Scottish Certificate of Education, 1962
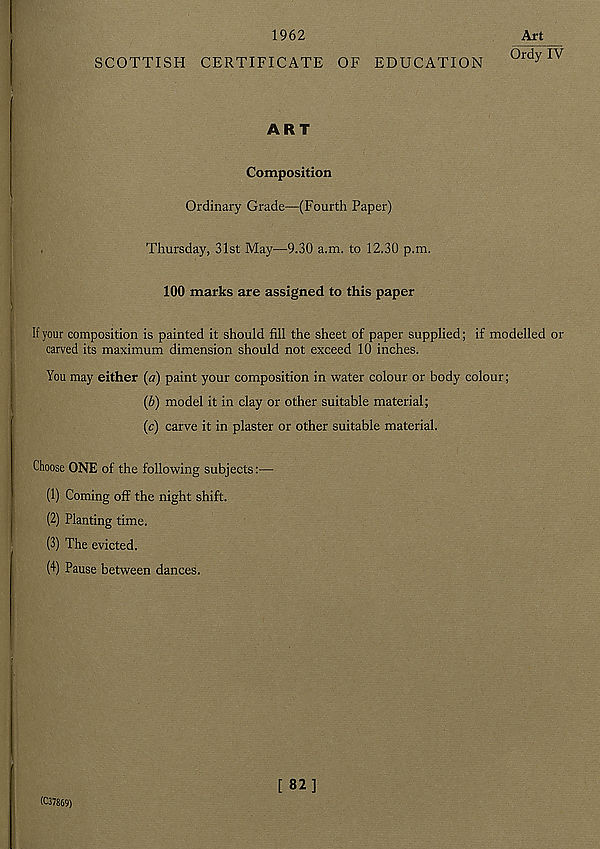
1962
SCOTTISH CERTIFICATE OF EDUCATION
Art
Ordy IV
ART
Composition
Ordinary Grade—(Fourth Paper)
Thursday, 31st May—9.30 a.m. to 12.30 p.m.
100 marks are assigned to this paper
If your composition is painted it should fill the sheet of paper supplied; if modelled or
carved its maximum dimension should not exceed 10 inches.
You may either (a) paint your composition in water colour or body colour;
(b) model it in clay or other suitable material;
(c) carve it in plaster or other suitable material.
Choose ONE of the following subjects:—
(1) Coming off the night shift.
(2) Planting time.
(3) The evicted.
(4) Pause between dances.
(C37869)
[ 82]